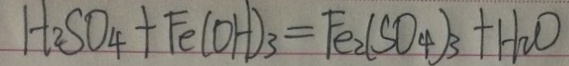
H _ { 2 } S O _ { 4 } + F e ( O H ) _ { 3 } = F e _ { 2 } ( S O _ { 4 } ) _ { 3 } + H _ { 2 } O